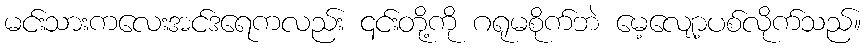
မင်းသားကလေးအင်ဒရေကလည်း ၎င်းတို့ကို ဂရုမစိုက်ဘဲ မေ့လျော့ပစ်လိုက်သည်။